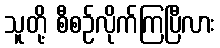
သူတို့ စီစဉ်လိုက်ကြပြီလား